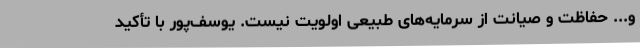
و... حفاظت و صیانت از سرمایه‌های طبیعی اولویت نیست. یوسف‌پور با تأکید